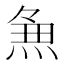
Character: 𭵈